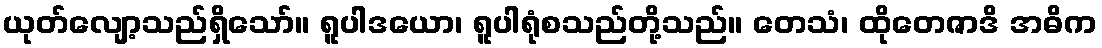
ယုတ်လျော့သည်ရှိသော်။ ရူပါဒယော၊ ရူပါရုံစသည်တို့သည်။ တေသံ၊ ထိုတေဇာဒိ အဓိက